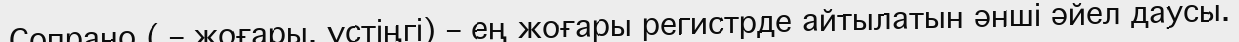
Сопрано ( – жоғары, үстіңгі) – ең жоғары регистрде айтылатын әнші әйел даусы.